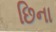
છિના